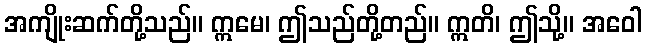
အကျိုးဆက်တို့သည်။ ဣမေ၊ ဤသည်တို့တည်။ ဣတိ၊ ဤသို့။ အဝေါ